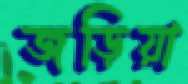
জড়িয়া